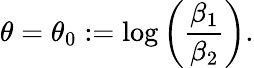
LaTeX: \theta=\theta_{0}:=\log{\left(\frac{\beta_{1}}{\beta_{2}}\right)}.